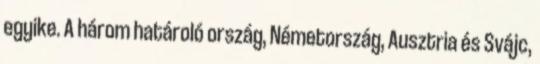
egyike. A három határoló ország, Németország, Ausztria és Svájc,